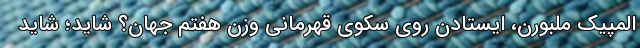
المپیک ملبورن، ایستادن روی سکوی قهرمانی وزن هفتم جهان؟ شاید؛ شاید